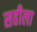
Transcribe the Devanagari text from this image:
सहीला